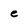
Character: e